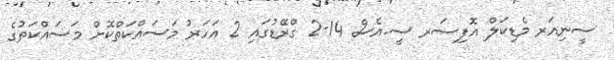
ސީނިއަރ މެޑިކަލް އޮފިސަރ ސީ.އެސް 14-2 ގްރޭޑުގައި 2 އަހަރު މަސައްކަތްކޮށް މަސައްކަތުގެ